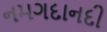
નમગદાનદી